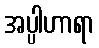
အပ္ပါဟာရာ